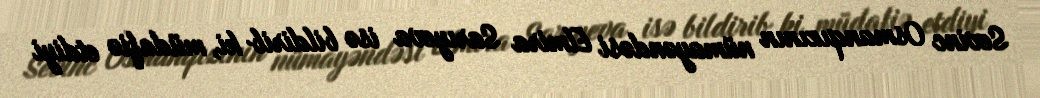
Sevinc Osmanqızının nümayəndəsi Elmira Sarıyeva isə bildirib ki, müdafiə etdiyi